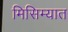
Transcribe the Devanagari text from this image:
मिसिम्यात